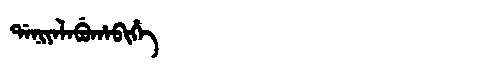
Manchu: ᡩᠠᠨᡳᠶᠠᠯᠠᠪᡠᡥᠠᠪᡳᡥᡝ
Romanization: DANIYALABUHABIHE